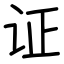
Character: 证